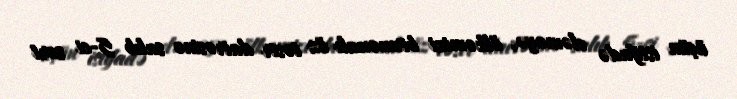
üçün istifadə eləməyə, ölkəmizi birmənalı öz təsir dairəsinə salıb 5-ci sort